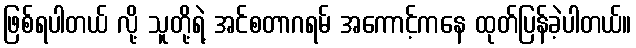
ဖြစ်ရပါတယ် လို့ သူတို့ရဲ့ အင်စတာဂရမ် အကောင့်ကနေ ထုတ်ပြန်ခဲ့ပါတယ်။